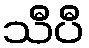
သီပီ